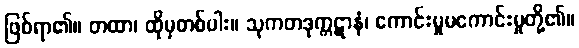
ဖြစ်ရာ၏။ တထာ၊ ထိုမှတစ်ပါး။ သုကတဒုက္ကဋာနံ၊ ကောင်းမှုမကောင်းမှုတို့၏။